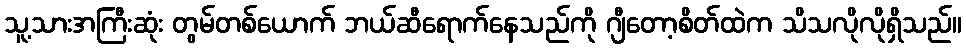
သူ့သားအကြီးဆုံး တွမ်တစ်ယောက် ဘယ်ဆီရောက်နေသည်ကို ဂျီတော့စိတ်ထဲက သိသလိုလိုရှိသည်။